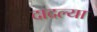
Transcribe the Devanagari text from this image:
दादल्या